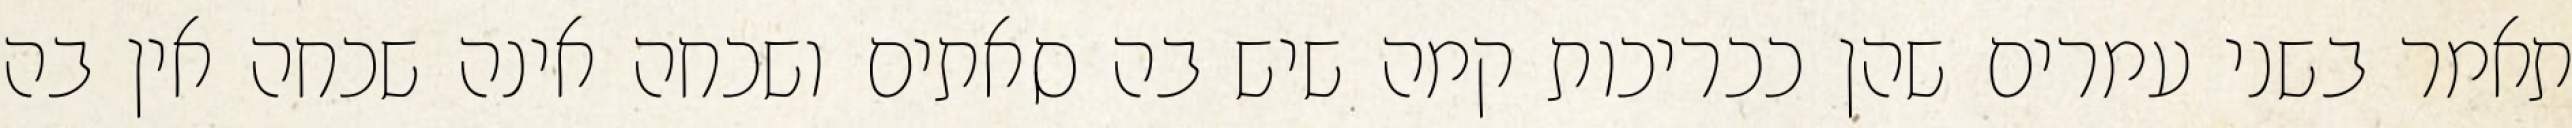
תאמר בשני עמרים שהן ככריכות קמה שיש בה סאתים ושכחה אינה שכחה אין בה